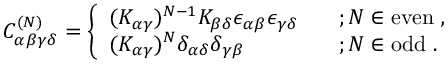
C _ { \alpha \beta \gamma \delta } ^ { ( N ) } = \left\{ \begin{array} { l l } { { ( K _ { \alpha \gamma } ) ^ { N - 1 } K _ { \beta \delta } \epsilon _ { \alpha \beta } \epsilon _ { \gamma \delta } \; \; \; } } & { { ; N \in \mathrm { e v e n } \; , } } \\ { { ( K _ { \alpha \gamma } ) ^ { N } \delta _ { \alpha \delta } \delta _ { \gamma \beta } \; \; \; } } & { { ; N \in \mathrm { o d d } \; . } } \end{array} \right.